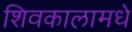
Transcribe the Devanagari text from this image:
शिवकालामधे